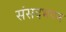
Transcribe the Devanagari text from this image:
संसदभवन